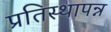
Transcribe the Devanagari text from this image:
प्रतिस्थापन्न